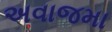
અવાજમા